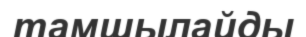
тамшылайды